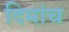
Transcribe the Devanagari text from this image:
दिमांच